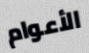
الأعوام